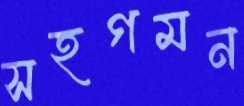
সহগমন